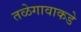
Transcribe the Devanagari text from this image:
तळेगावाकडे